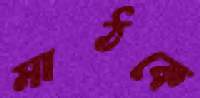
মাঠকে